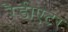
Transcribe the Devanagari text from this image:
रैडीएटर